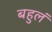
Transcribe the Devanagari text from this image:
बहुलं